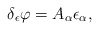
\begin{align*}\delta _\epsilon \varphi =A_\alpha \epsilon _\alpha ,\end{align*}